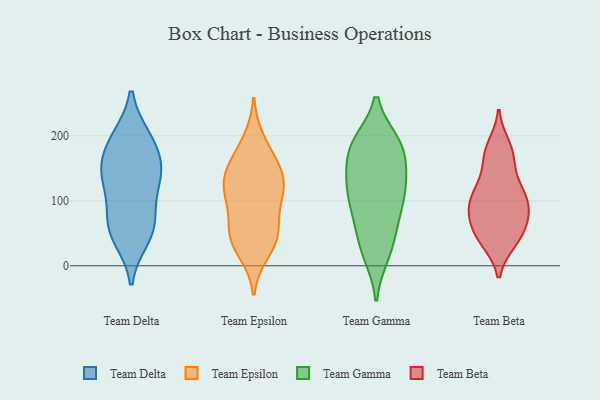
{"axis": {"x": "Population (Million)", "y": "Value"}, "legend": ["Team Beta", "Team Delta", "Team Epsilon", "Team Gamma"], "data": [{"x": "", "y": 145, "type": "Team Delta"}, {"x": "", "y": 44, "type": "Team Delta"}, {"x": "", "y": 142, "type": "Team Delta"}, {"x": "", "y": 195, "type": "Team Delta"}, {"x": "", "y": 195, "type": "Team Delta"}, {"x": "", "y": 55, "type": "Team Delta"}, {"x": "", "y": 128, "type": "Team Delta"}, {"x": "", "y": 71, "type": "Team Delta"}, {"x": "", "y": 177, "type": "Team Delta"}, {"x": "", "y": 67, "type": "Team Delta"}, {"x": "", "y": 134, "type": "Team Delta"}, {"x": "", "y": 138, "type": "Team Epsilon"}, {"x": "", "y": 155, "type": "Team Epsilon"}, {"x": "", "y": 96, "type": "Team Epsilon"}, {"x": "", "y": 45, "type": "Team Epsilon"}, {"x": "", "y": 105, "type": "Team Epsilon"}, {"x": "", "y": 134, "type": "Team Epsilon"}, {"x": "", "y": 55, "type": "Team Epsilon"}, {"x": "", "y": 118, "type": "Team Epsilon"}, {"x": "", "y": 44, "type": "Team Epsilon"}, {"x": "", "y": 22, "type": "Team Epsilon"}, {"x": "", "y": 166, "type": "Team Epsilon"}, {"x": "", "y": 192, "type": "Team Epsilon"}, {"x": "", "y": 120, "type": "Team Epsilon"}, {"x": "", "y": 45, "type": "Team Epsilon"}, {"x": "", "y": 17, "type": "Team Gamma"}, {"x": "", "y": 74, "type": "Team Gamma"}, {"x": "", "y": 147, "type": "Team Gamma"}, {"x": "", "y": 64, "type": "Team Gamma"}, {"x": "", "y": 113, "type": "Team Gamma"}, {"x": "", "y": 34, "type": "Team Gamma"}, {"x": "", "y": 185, "type": "Team Gamma"}, {"x": "", "y": 189, "type": "Team Gamma"}, {"x": "", "y": 186, "type": "Team Gamma"}, {"x": "", "y": 126, "type": "Team Gamma"}, {"x": "", "y": 117, "type": "Team Gamma"}, {"x": "", "y": 21, "type": "Team Gamma"}, {"x": "", "y": 78, "type": "Team Gamma"}, {"x": "", "y": 158, "type": "Team Gamma"}, {"x": "", "y": 185, "type": "Team Gamma"}, {"x": "", "y": 188, "type": "Team Gamma"}, {"x": "", "y": 128, "type": "Team Gamma"}, {"x": "", "y": 105, "type": "Team Gamma"}, {"x": "", "y": 38, "type": "Team Beta"}, {"x": "", "y": 130, "type": "Team Beta"}, {"x": "", "y": 118, "type": "Team Beta"}, {"x": "", "y": 166, "type": "Team Beta"}, {"x": "", "y": 41, "type": "Team Beta"}, {"x": "", "y": 63, "type": "Team Beta"}, {"x": "", "y": 86, "type": "Team Beta"}, {"x": "", "y": 171, "type": "Team Beta"}, {"x": "", "y": 112, "type": "Team Beta"}, {"x": "", "y": 100, "type": "Team Beta"}, {"x": "", "y": 61, "type": "Team Beta"}, {"x": "", "y": 173, "type": "Team Beta"}, {"x": "", "y": 51, "type": "Team Beta"}, {"x": "", "y": 90, "type": "Team Beta"}, {"x": "", "y": 90, "type": "Team Beta"}, {"x": "", "y": 38, "type": "Team Beta"}, {"x": "", "y": 110, "type": "Team Beta"}, {"x": "", "y": 184, "type": "Team Beta"}, {"x": "", "y": 79, "type": "Team Beta"}]}